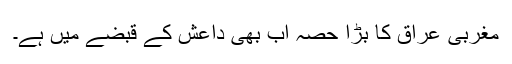
مغربی عراق کا بڑا حصہ اب بھی داعش کے قبضے میں ہے۔